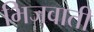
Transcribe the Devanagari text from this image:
भिजवाती